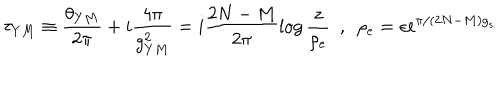
\tau _ { Y M } \equiv \frac { \theta _ { Y M } } { 2 \pi } + i \frac { 4 \pi } { g _ { Y M } ^ { 2 } } = i \frac { 2 N - M } { 2 \pi } \log \frac { z } { \rho _ { e } } ~ ~ , ~ ~ \rho _ { e } = \epsilon \mathrm { e } ^ { \pi / ( 2 N - M ) g _ { s } }